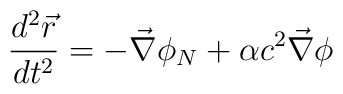
\frac{d^2\vec{r}}{dt^2}=-\vec{\nabla}\phi_N+\alpha c^2\vec{\nabla}\phi